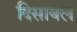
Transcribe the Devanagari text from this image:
दिसायल